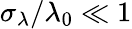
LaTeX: \sigma_{\lambda}/\lambda_{0}\ll 1